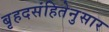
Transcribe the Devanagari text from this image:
बृहदसंहितेनुसार